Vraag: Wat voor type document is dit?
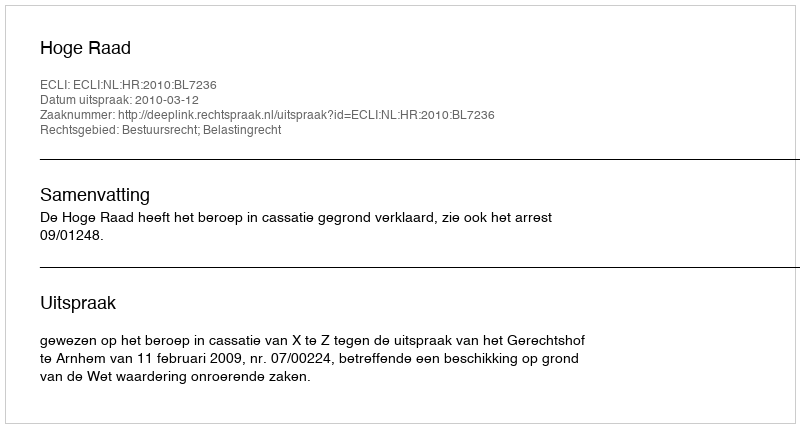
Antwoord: Uitspraak